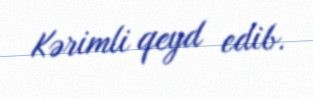
Kərimli qeyd edib.